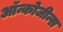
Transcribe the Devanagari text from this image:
ऑन्कोजीन्स